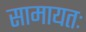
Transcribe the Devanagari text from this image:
सामायतः